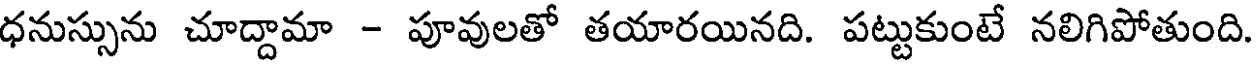
ధనుస్సును చూద్దామా - పూవులతో తయారయినది. పట్టుకుంటే నలిగిపోతుంది